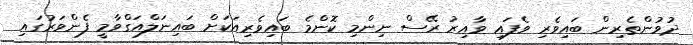
ދުވުންތެރިން ބައިވެރި ވެފައި ވާއިރު ރޭސް ނިންމި ކޮންމެ ބައިވެރިއަކަށް ބައިނަލްއަގްވާމީ ފެންވަރުގައި